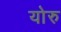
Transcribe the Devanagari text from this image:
योरु